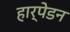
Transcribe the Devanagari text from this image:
हार्पेडन